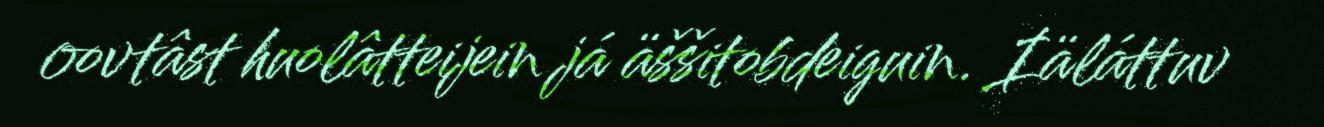
oovtâst huolâtteijein já äššitobdeiguin. Iäláttuv